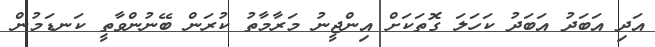
އަދި އަބަދު އަބަދު ކަހަލަ ގޮތަކަށް އިންޖީނު މަރާމާތު ކުރަން ބޭނުންވާތީ ކަނޑަމުން